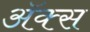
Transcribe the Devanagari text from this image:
अॅक्स